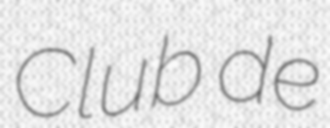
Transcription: Club de